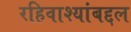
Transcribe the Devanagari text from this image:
रहिवाश्यांबद्दल